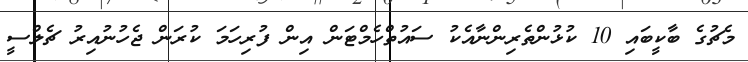
މެޗުގެ ބާކީބައި 10 ކުޅުންތެރިންނާއެކު ސައުތްހެމްޓަން އިން ފުރިހަމަ ކުރަން ޖެހުނުއިރު ޗެލްސީ